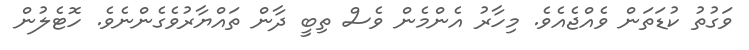
ވަގުތު ކުޑަތަން ވެއްޖެއެވެ. މިހާރު އެންމެން ވެސް ތިބީ ދާން ތައްޔާރުވެގެންނެވެ. ހޮޓެލުން